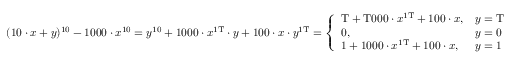
( 1 0 \cdot x + y ) ^ { 1 0 } - 1 0 0 0 \cdot x ^ { 1 0 } = y ^ { 1 0 } + 1 0 0 0 \cdot x ^ { \mathrm { 1 T } } \cdot y + 1 0 0 \cdot x \cdot y ^ { \mathrm { 1 T } } = { \left\{ \begin{array} { l l } { \mathrm { T } + \mathrm { T 0 0 0 } \cdot x ^ { \mathrm { 1 T } } + 1 0 0 \cdot x , } & { y = \mathrm { T } } \\ { 0 , } & { y = 0 } \\ { 1 + 1 0 0 0 \cdot x ^ { \mathrm { 1 T } } + 1 0 0 \cdot x , } & { y = 1 } \end{array} \right. }